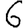
Digit: 6